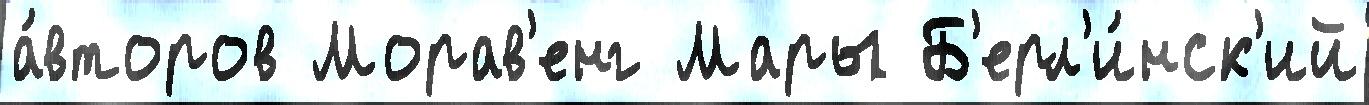
а́второв Морав'енг Мары Б'ерл'и́нск'ий